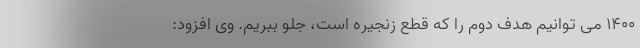
۱۴۰۰ می توانیم هدف دوم را که قطع زنجیره است، جلو ببریم. وی افزود: